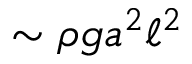
\sim \rho g a ^ { 2 } \ell ^ { 2 }